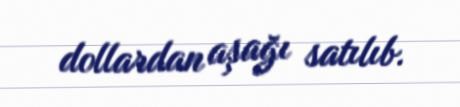
dollardan aşağı satılıb.